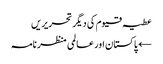
عطیہ قیوم کی دیگر تحریریں
← پاکستان اور عالمی منظر نامہ